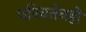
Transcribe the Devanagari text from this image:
परिवर्तनही